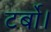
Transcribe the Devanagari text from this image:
टर्बो।